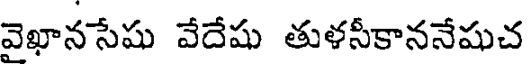
వెఖానసేషు వేదేషు తుళసీకాననేషుచ